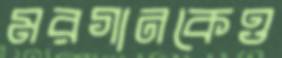
মরগানকেও